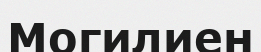
Могилиен